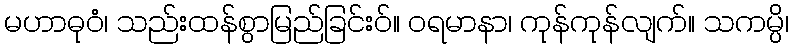
မဟာဓုဝံ၊ သည်းထန်စွာမြည်ခြင်းဝ်။ ဝရမာနာ၊ ကုန်ကုန်လျက်။ သကမ္ပိ၊